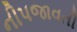
નીપજાવતી